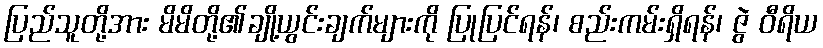
ပြည်သူတို့အား မိမိတို့၏ချို့ယွင်းချက်များကို ပြုပြင်ရန်၊ စည်းကမ်းရှိရန်၊ ဇွဲ ဝီရိယ